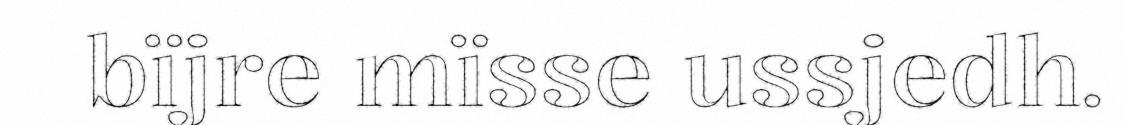
bïjre mïsse ussjedh.